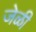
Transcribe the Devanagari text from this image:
जेळी